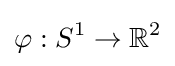
\varphi :S^{1}\to \mathbb {R} ^{2}